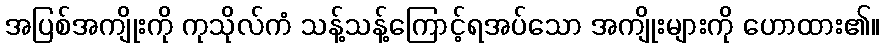
အပြစ်အကျိုးကို ကုသိုလ်ကံ သန့်သန့်ကြောင့်ရအပ်သော အကျိုးများကို ဟောထား၏။